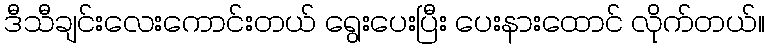
ဒီသီချင်းလေးကောင်းတယ် ရွေးပေးပြီး ပေးနားထောင် လိုက်တယ်။